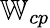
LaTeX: \mathbb{W}_{cp}